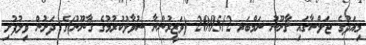
މިއަދުގެ ޖަލްސާގައި ޤާނޫނު ނަމްބަރ 2005/2 (ވަޒީރުންނާ ސުވާލުކުރުމުގެ ޤާނޫނު)ގެ ދަށުން ވިލުފުށި